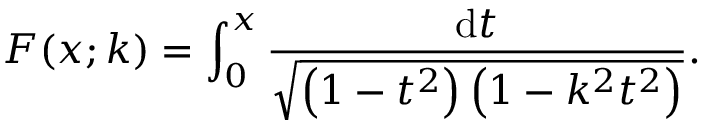
F ( x ; k ) = \int _ { 0 } ^ { x } { \frac { \mathrm { d } t } { \sqrt { \left( 1 - t ^ { 2 } \right) \left( 1 - k ^ { 2 } t ^ { 2 } \right) } } } .